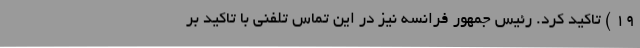
19 ) تاکید کرد. رئیس جمهور فرانسه نیز در این تماس تلفنی با تاکید بر